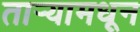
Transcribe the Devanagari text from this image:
तार्‍यामधून